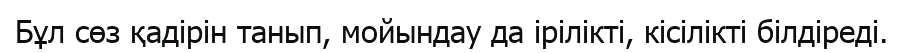
Бұл сөз қадірін танып, мойындау да ірілікті, кісілікті білдіреді.